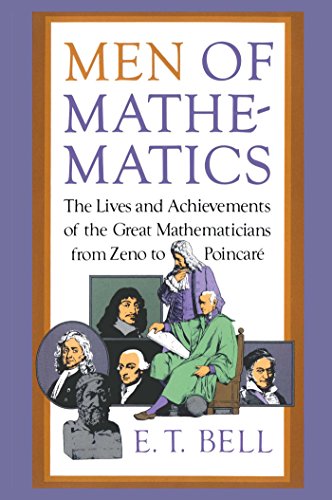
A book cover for Men of Mathematics (Touchstone Book); E.T. Bell; Science & Math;